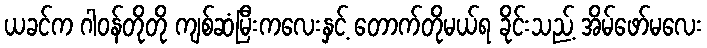
ယခင်က ဂါဝန်တိုတို ကျစ်ဆံမြီးကလေးနှင့် တောက်တိုမယ်ရ ခိုင်းသည့် အိမ်ဖော်မလေး